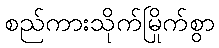
စည်ကားသိုက်မြိုက်စွာ